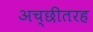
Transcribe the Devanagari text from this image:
अच्छीतरह